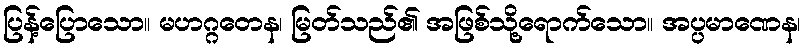
ပြန့်ပြောသော။ မဟဂ္ဂတေန၊ မြတ်သည်၏ အဖြစ်သို့ရောက်သော။ အပ္ပမာဏေန၊